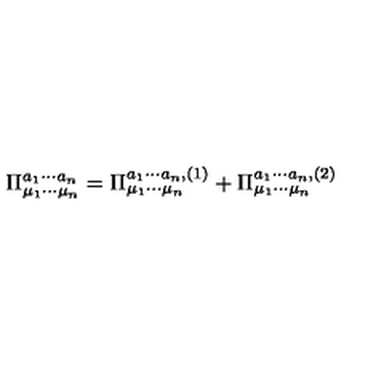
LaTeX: \Pi _ { \mu _ { 1 } \cdots \mu _ { n } } ^ { a _ { 1 } \cdots a _ { n } } = \Pi _ { \mu _ { 1 } \cdots \mu _ { n } } ^ { a _ { 1 } \cdots a _ { n } , ( 1 ) } + \Pi _ { \mu _ { 1 } \cdots \mu _ { n } } ^ { a _ { 1 } \cdots a _ { n } , ( 2 ) }